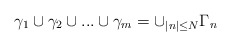
\begin{align*}\gamma_{1}\cup\gamma_{2}\cup...\cup\gamma_{m}=\cup_{\mid n\mid\leq N}\Gamma_{n}\end{align*}